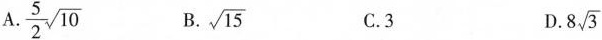
A.\frac{5}{2}\sqrt{10} B.\sqrt{15} C.3 D. 8 \sqrt{3}